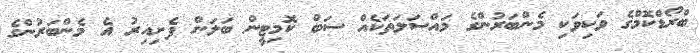
ބްރޯޑްކޮމްގެ ވަކިވަކި މެންބަރުންގެ މައްސަލަތަކެއް ސަބް ކޮމިޓީން ބަލަން ފެށިއިރު އެ މެންބަރުންގެ